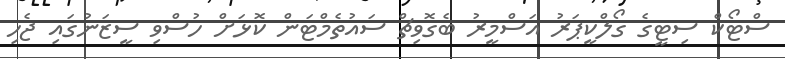
ސްޓޯކް ސިޓީގެ ގޯލްކީޕަރު އަސްމީރު ބެގޮވިޗް ސައުތެމްޓަން ކޮޅަށް ހުސްވި ސީޒަނުގައި ޖެހި